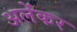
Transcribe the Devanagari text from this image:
अलेंकर